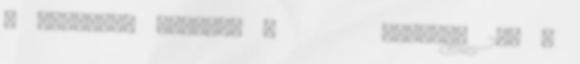
4 HIRDETÉS KONCERT 4 március 20. 6